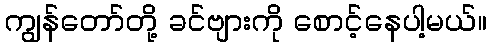
ကျွန်တော်တို့ ခင်ဗျားကို စောင့်နေပါ့မယ်။